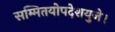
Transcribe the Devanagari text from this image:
सम्मितयोपदेशयुजे।